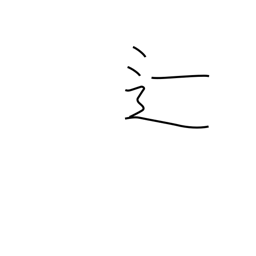
Meaning: fail in exams